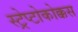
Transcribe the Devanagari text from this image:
स्ट्रेप्टोकोक्कस